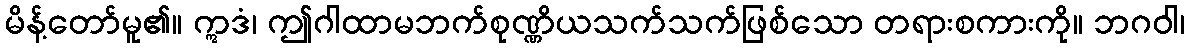
မိန့်တော်မူ၏။ ဣဒံ၊ ဤဂါထာမဘက်စုဏ္ဏိယသက်သက်ဖြစ်သော တရားစကားကို။ ဘဂဝါ၊